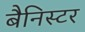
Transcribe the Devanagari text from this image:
बैनिस्टर